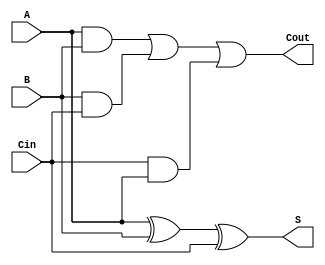
module FullAdder (
    input wire A,    // First binary digit
    input wire B,    // Second binary digit
    input wire Cin,  // Carry-in
    output wire S,   // Sum output
    output wire Cout  // Carry-out
);

// Compute the sum using XOR gates
assign S = A ^ B ^ Cin;

// Compute the carry-out using AND and OR gates
assign Cout = (A & B) | (B & Cin) | (Cin & A);

endmodule